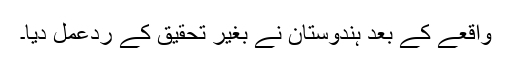
واقعے کے بعد ہندوستان نے بغیر تحقیق کے ردعمل دیا۔